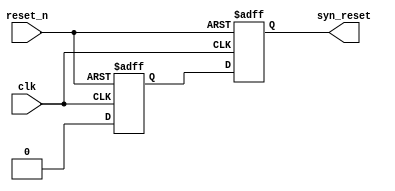
//****************************************Copyright (c)***********************************//
//www.yuanzige.com
//www.openedv.com
//http://openedv.taobao.com 
//""ZYNQ & FPGA & STM32 & LINUX
//
//Copyright(C)  2018-2028
//All rights reserved
//----------------------------------------------------------------------------------------
// File name:           asyn_rst_syn
// Last modified Date:  2019/7/1 9:30:00
// Last Version:        V1.1
// Descriptions:        
//----------------------------------------------------------------------------------------
// Created by:          
// Created date:        2019/7/1 9:30:00
// Version:             V1.0
// Descriptions:        The original version
//
//----------------------------------------------------------------------------------------
//****************************************************************************************//

module asyn_rst_syn(
    input clk,          //
    input reset_n,      //
    
    output syn_reset    //
    );

//reg define
reg reset_1;
reg reset_2;

//*****************************************************
//**                    main code
//***************************************************** 
assign syn_reset  = reset_2;

//
always @ (posedge clk or negedge reset_n) begin
    if(!reset_n) begin
        reset_1 <= 1'b1;
        reset_2 <= 1'b1;
    end
    else begin
        reset_1 <= 1'b0;
        reset_2 <= reset_1;
    end
end
    
endmodule